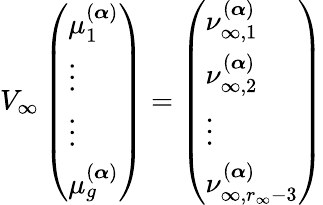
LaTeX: V_{\infty}\left(\begin{array}{l}{\mu_{1}^{(\boldsymbol{\alpha})}}\\ {\vdots}\\ {\vdots}\\ {\mu_{g}^{(\boldsymbol{\alpha})}}\end{array}\right)=\left(\begin{array}{l}{\nu_{\infty,1}^{(\boldsymbol{\alpha})}}\\ {\nu_{\infty,2}^{(\boldsymbol{\alpha})}}\\ {\vdots}\\ {\nu_{\infty,r_{\infty}-3}^{(\boldsymbol{\alpha})}}\end{array}\right)